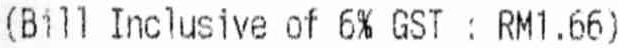
(BILL INCLUSIVE OF 6% GST : RM1.66)